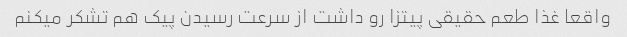
واقعا غذا طعم حقیقی پیتزا رو داشت از سرعت رسیدن پیک هم تشکر میکنم